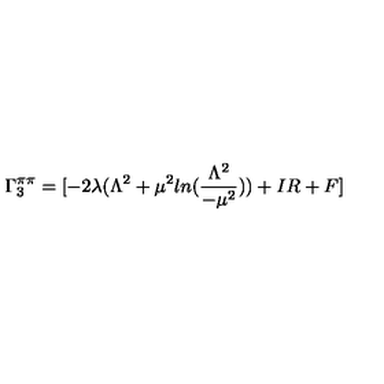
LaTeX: \Gamma _ { 3 } ^ { \pi \pi } = [ - 2 \lambda ( \Lambda ^ { 2 } + \mu ^ { 2 } l n ( \frac { \Lambda ^ { 2 } } { - \mu ^ { 2 } } ) ) + I R + F ]